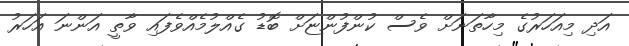
އަދި މިއަހަރުގެ މިހާތަނަށް ވެސް ކުންފުންޏަށް ބޮޑު ގެއްލުމެއްވެފައި ވާތީ އަންނަ އަހަރު